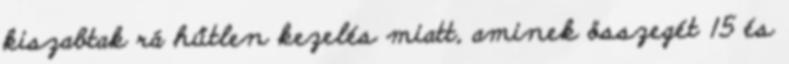
kiszabtak rá hűtlen kezelés miatt, aminek összegét 15 és